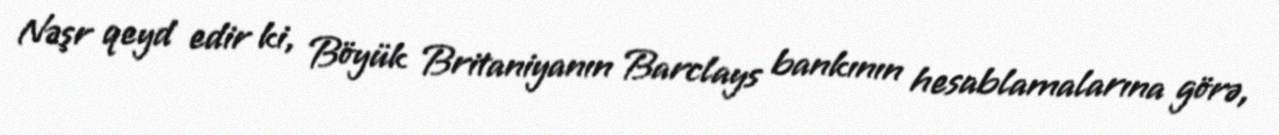
Nəşr qeyd edir ki, Böyük Britaniyanın Barclays bankının hesablamalarına görə,